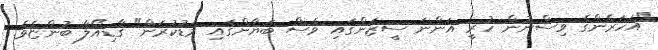
"އަހަރެންގެ ވިސްނުން ހުރީ އަންނަ ސީޒަންގައި ވެސް ބަޔާންގައި މަޑުކުރަން" ގާޑިއޯލާ ބުންޏެވެ.